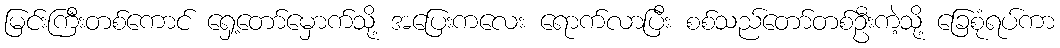
မြင်းကြီးတစ်ကောင် ရှေ့တော်မှောက်သို့ အပြေးကလေး ရောက်လာပြီး စစ်သည်တော်တစ်ဦးကဲ့သို့ ခြေစုံရပ်ကာ